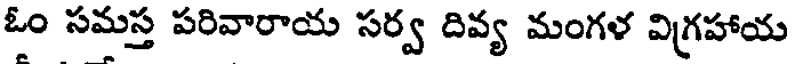
ఓం సమస్త పరివారాయ సర్వ దివ్య మంగళ విగ్రహాయ